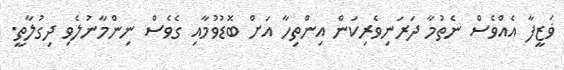
ޥަޒީފާ އެއްވެސް ނެތުމާ ދަރަނިވެރިކަން އިންތިހާ އަށް ބޮޑުވުމާއި ގެވެސް ނިންމާނުލެވި ދިގުލާތީ.